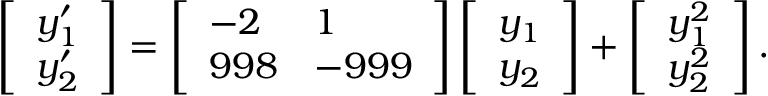
\left[ \begin{array} { l } { y _ { 1 } ^ { \prime } } \\ { y _ { 2 } ^ { \prime } } \end{array} \right] = \left[ \begin{array} { l l } { - 2 } & { 1 } \\ { 9 9 8 } & { - 9 9 9 } \end{array} \right] \left[ \begin{array} { l } { y _ { 1 } } \\ { y _ { 2 } } \end{array} \right] + \left[ \begin{array} { l } { y _ { 1 } ^ { 2 } } \\ { y _ { 2 } ^ { 2 } } \end{array} \right] .